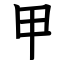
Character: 甲